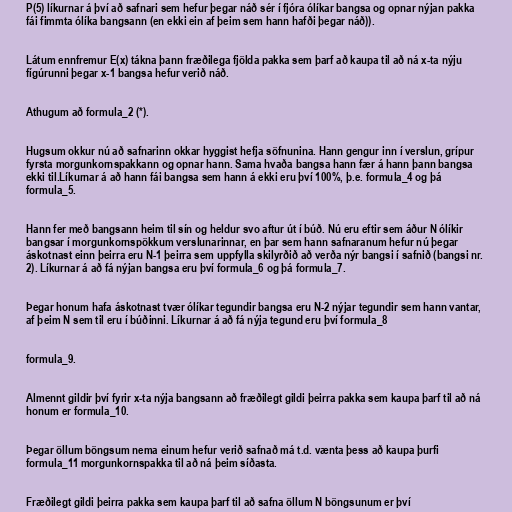
P(5) líkurnar á því að safnari sem hefur þegar náð sér í fjóra ólíkar bangsa og opnar nýjan pakka
fái fimmta ólíka bangsann (en ekki ein af þeim sem hann hafði þegar náð)).

Látum ennfremur E(x) tákna þann fræðilega fjölda pakka sem þarf að kaupa til að ná x-ta nýju
fígúrunni þegar x-1 bangsa hefur verið náð.

Athugum að formula_2 (*).

Hugsum okkur nú að safnarinn okkar hyggist hefja söfnunina. Hann gengur inn í verslun, grípur
fyrsta morgunkornspakkann og opnar hann. Sama hvaða bangsa hann fær á hann þann bangsa
ekki til.Líkurnar á að hann fái bangsa sem hann á ekki eru því 100%, þ.e. formula_4 og þá
formula_5.

Hann fer með bangsann heim til sín og heldur svo aftur út í búð. Nú eru eftir sem áður N ólíkir
bangsar í morgunkornspökkum verslunarinnar, en þar sem hann safnaranum hefur nú þegar
áskotnast einn þeirra eru N-1 þeirra sem uppfylla skilyrðið að verða nýr bangsi í safnið (bangsi nr.
2). Líkurnar á að fá nýjan bangsa eru því formula_6 og þá formula_7.

Þegar honum hafa áskotnast tvær ólíkar tegundir bangsa eru N-2 nýjar tegundir sem hann vantar,
af þeim N sem til eru í búðinni. Líkurnar á að fá nýja tegund eru því formula_8

formula_9.

Almennt gildir því fyrir x-ta nýja bangsann að fræðilegt gildi þeirra pakka sem kaupa þarf til að ná
honum er formula_10.

Þegar öllum böngsum nema einum hefur verið safnað má t.d. vænta þess að kaupa þurfi
formula_11 morgunkornspakka til að ná þeim síðasta.

Fræðilegt gildi þeirra pakka sem kaupa þarf til að safna öllum N böngsunum er því